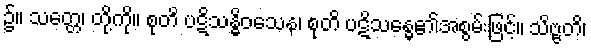
၌။ သတ္တေ၊ တို့ကို။ စုတိ ပဋိသန္ဓိဝသေန၊ စုတိ ပဋိသန္ဓေ၏အစွမ်းဖြင့်။ သိဗ္ဗတိ၊